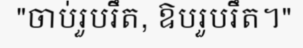
"ចាប់រួបរឹត, ឱបរួបរឹត។"